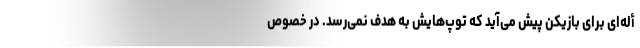
أله‌ای برای بازیکن پیش می‌آید که توپ‌هایش به هدف نمی‌رسد. در خصوص